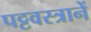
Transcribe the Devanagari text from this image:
पट्टवस्त्रानें